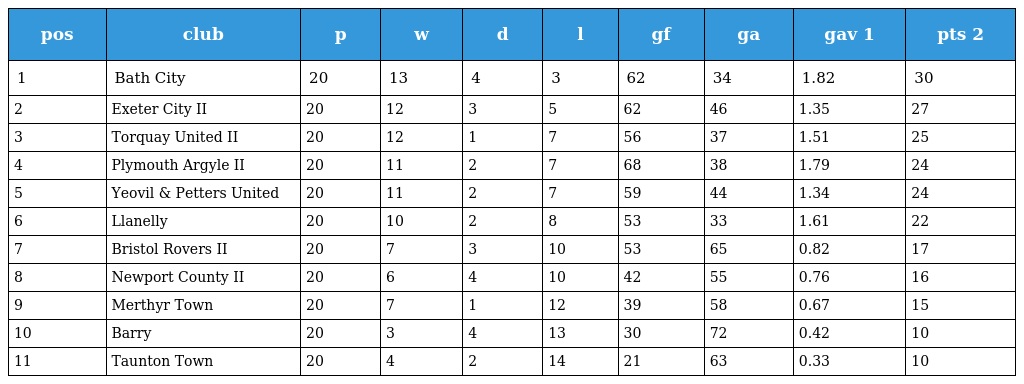
| pos | club | p | w | d | l | gf | ga | gav 1 | pts 2 |
 | --- | --- | --- | --- | --- | --- | --- | --- | --- | --- |
 | 1 | Bath City | 20 | 13 | 4 | 3 | 62 | 34 | 1.82 | 30 |
 | 2 | Exeter City II | 20 | 12 | 3 | 5 | 62 | 46 | 1.35 | 27 |
 | 3 | Torquay United II | 20 | 12 | 1 | 7 | 56 | 37 | 1.51 | 25 |
 | 4 | Plymouth Argyle II | 20 | 11 | 2 | 7 | 68 | 38 | 1.79 | 24 |
 | 5 | Yeovil & Petters United | 20 | 11 | 2 | 7 | 59 | 44 | 1.34 | 24 |
 | 6 | Llanelly | 20 | 10 | 2 | 8 | 53 | 33 | 1.61 | 22 |
 | 7 | Bristol Rovers II | 20 | 7 | 3 | 10 | 53 | 65 | 0.82 | 17 |
 | 8 | Newport County II | 20 | 6 | 4 | 10 | 42 | 55 | 0.76 | 16 |
 | 9 | Merthyr Town | 20 | 7 | 1 | 12 | 39 | 58 | 0.67 | 15 |
 | 10 | Barry | 20 | 3 | 4 | 13 | 30 | 72 | 0.42 | 10 |
 | 11 | Taunton Town | 20 | 4 | 2 | 14 | 21 | 63 | 0.33 | 10 |